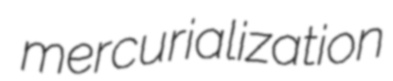
mercurialization